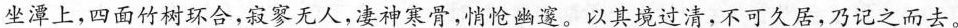
坐潭上，四面竹树环合，寂寥无人，凄神寒骨，悄怆幽邃。以其境过清，不可久居，乃记之而去。